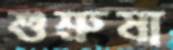
শুশ্রুষা